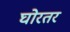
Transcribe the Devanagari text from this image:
घोरतर